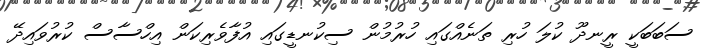
ސަބަބަކީ ރީނދޫ ކުލަ ހުރި ތަނެއްގައި ހުރުމުން ސިކުނޑީގައި އުފާވެރިކަން އިހްސާސް ކުރުވައިދޭ